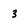
Character: 3